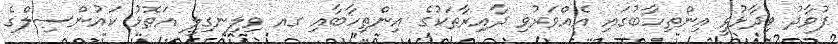
ފުވާދު ވިދާޅުވީ އިންތިހާބުގައި އެއްވަރުވި ދާއިރާތަކުގެ އިންތިހާބާއި ގއ ވިލިނގިލީ އަތޮޅު ކައުންސިލްގެ